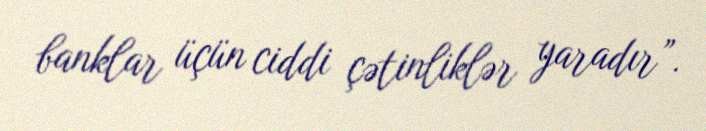
banklar üçün ciddi çətinliklər yaradır”.